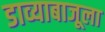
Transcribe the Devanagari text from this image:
डाव्याबाजूला